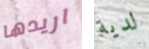
اريدها لدية